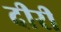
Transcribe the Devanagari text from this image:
दीरी